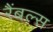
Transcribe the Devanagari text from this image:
रैंबल्स